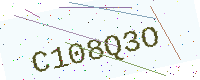
Text: C108Q3O